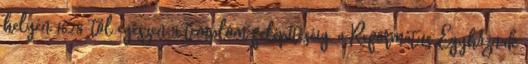
helyén 1628-tól egészen a templom felépítéséig, a Református Egyháznak